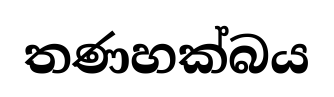
තණහක්බය